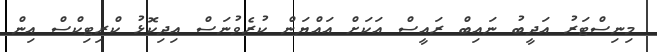
މިނިސްޓަރު އަދީބު ނައިބް ރައީސް އަކަށް އައްޔަން ކުރެވުނަސް އިދިކޮޅު ކްރިޓިކްސް އިން